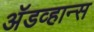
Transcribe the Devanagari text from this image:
अॅडव्हान्स